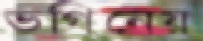
ভগিনেয়